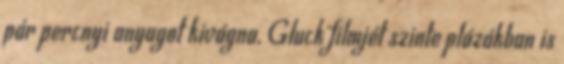
pár percnyi anyagot kivágna, Gluck filmjét szinte plázákban is